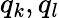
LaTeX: q_{k},q_{l}